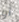
أو